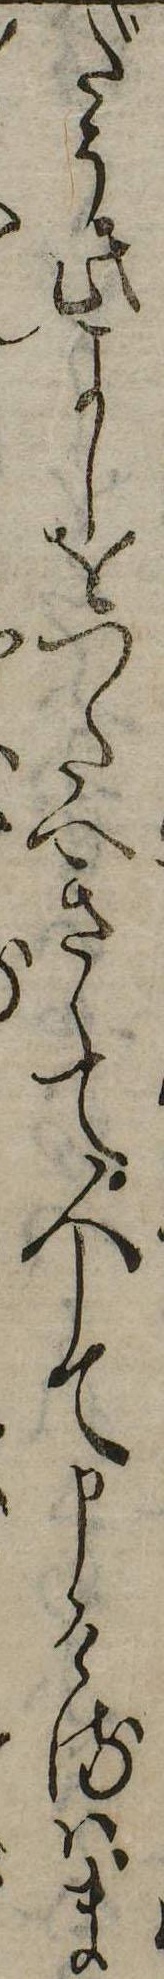
だう此よしをつたへきゝて人して申けるはま